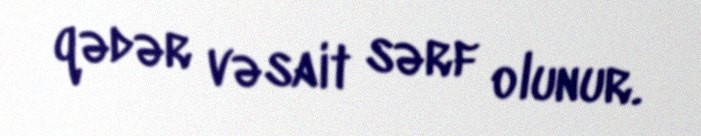
qədər vəsait sərf olunur.